Indian journal of veterinary science and animal husbandry - Volume 2,
Year: 1932
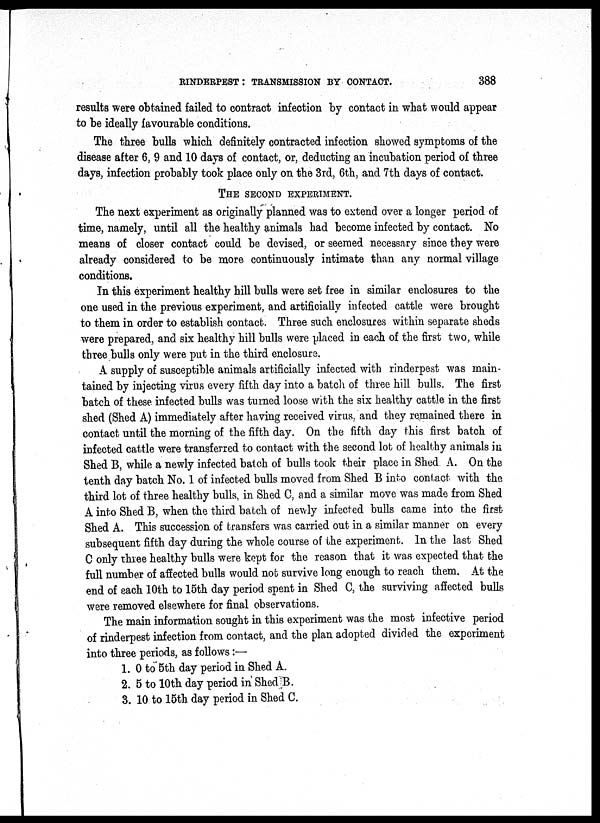
RINDERPEST: TRANSMISSION BY CONTACT. 388
results were obtained failed to contract infection by contact in what would appear
to be ideally favourable conditions.
The three bulls which definitely contracted infection showed symptoms of the
disease after 6, 9 and 10 days of contact, or, deducting an incubation period of three
days, infection probably took place only on the 3rd, 6th, and 7th days of contact.
THE SECOND EXPERIMENT.
The next experiment as originally planned was to extend over a longer period of
time, namely, until all the healthy animals had become infected by contact. No
means of closer contact could be devised, or seemed necessary since they were
already considered to be more continuously intimate than any normal village
conditions.
In this experiment healthy hill bulls were set free in similar enclosures to the
one used in the previous experiment, and artificially infected cattle were brought
to them in order to establish contact. Three such enclosures within separate sheds
were prepared, and six healthy hill bulls were placed in each of the first two, while
three bulls only were put in the third enclosure.
A supply of susceptible animals artificially infected with rinderpest was main-
tained by injecting virus every fifth day into a batch of three hill bulls. The first
batch of these infected bulls was turned loose with the six healthy cattle in the first
shed (Shed A) immediately after having received virus, and they remained there in
contact until the morning of the fifth day. On the fifth day this first batch of
infected cattle were transferred to contact with the second lot of healthy animals in
Shed B, while a newly infected batch of bulls took their place in Shed A. On the
tenth day batch No. 1 of infected bulls moved from Shed B into contact with the
third lot of three healthy bulls, in Shed C, and a similar move was made from Shed
A into Shed B, when the third batch of newly infected bulls came into the first
Shed A. This succession of transfers was carried out in a similar manner on every
subsequent fifth day during the whole course of the experiment. In the last Shed
C only three healthy bulls were kept for the reason that it was expected that the
full number of affected bulls would not survive long enough to reach them. At the
end of each 10th to 15th day period spent in Shed C, the surviving affected bulls
were removed elsewhere for final observations.
The main information sought in this experiment was the most infective period
of rinderpest infection from contact, and the plan adopted divided the experiment
into three periods, as follows :—
1. 0 to 5th day period in Shed A.
2. 5 to 10th day period in Shed B.
3. 10 to 15th day period in Shed C.